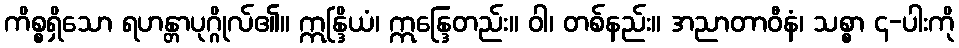
ကိစ္စရှိသော ရဟန္တာပုဂ္ဂိုလ်၏။ ဣန္ဒြိယံ၊ ဣန္ဒြေတည်း။ ဝါ၊ တစ်နည်း။ အညာတာဝီနံ၊ သစ္စာ ၄-ပါးကို